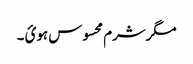
مگرشرم محسوس ہوئ ۔